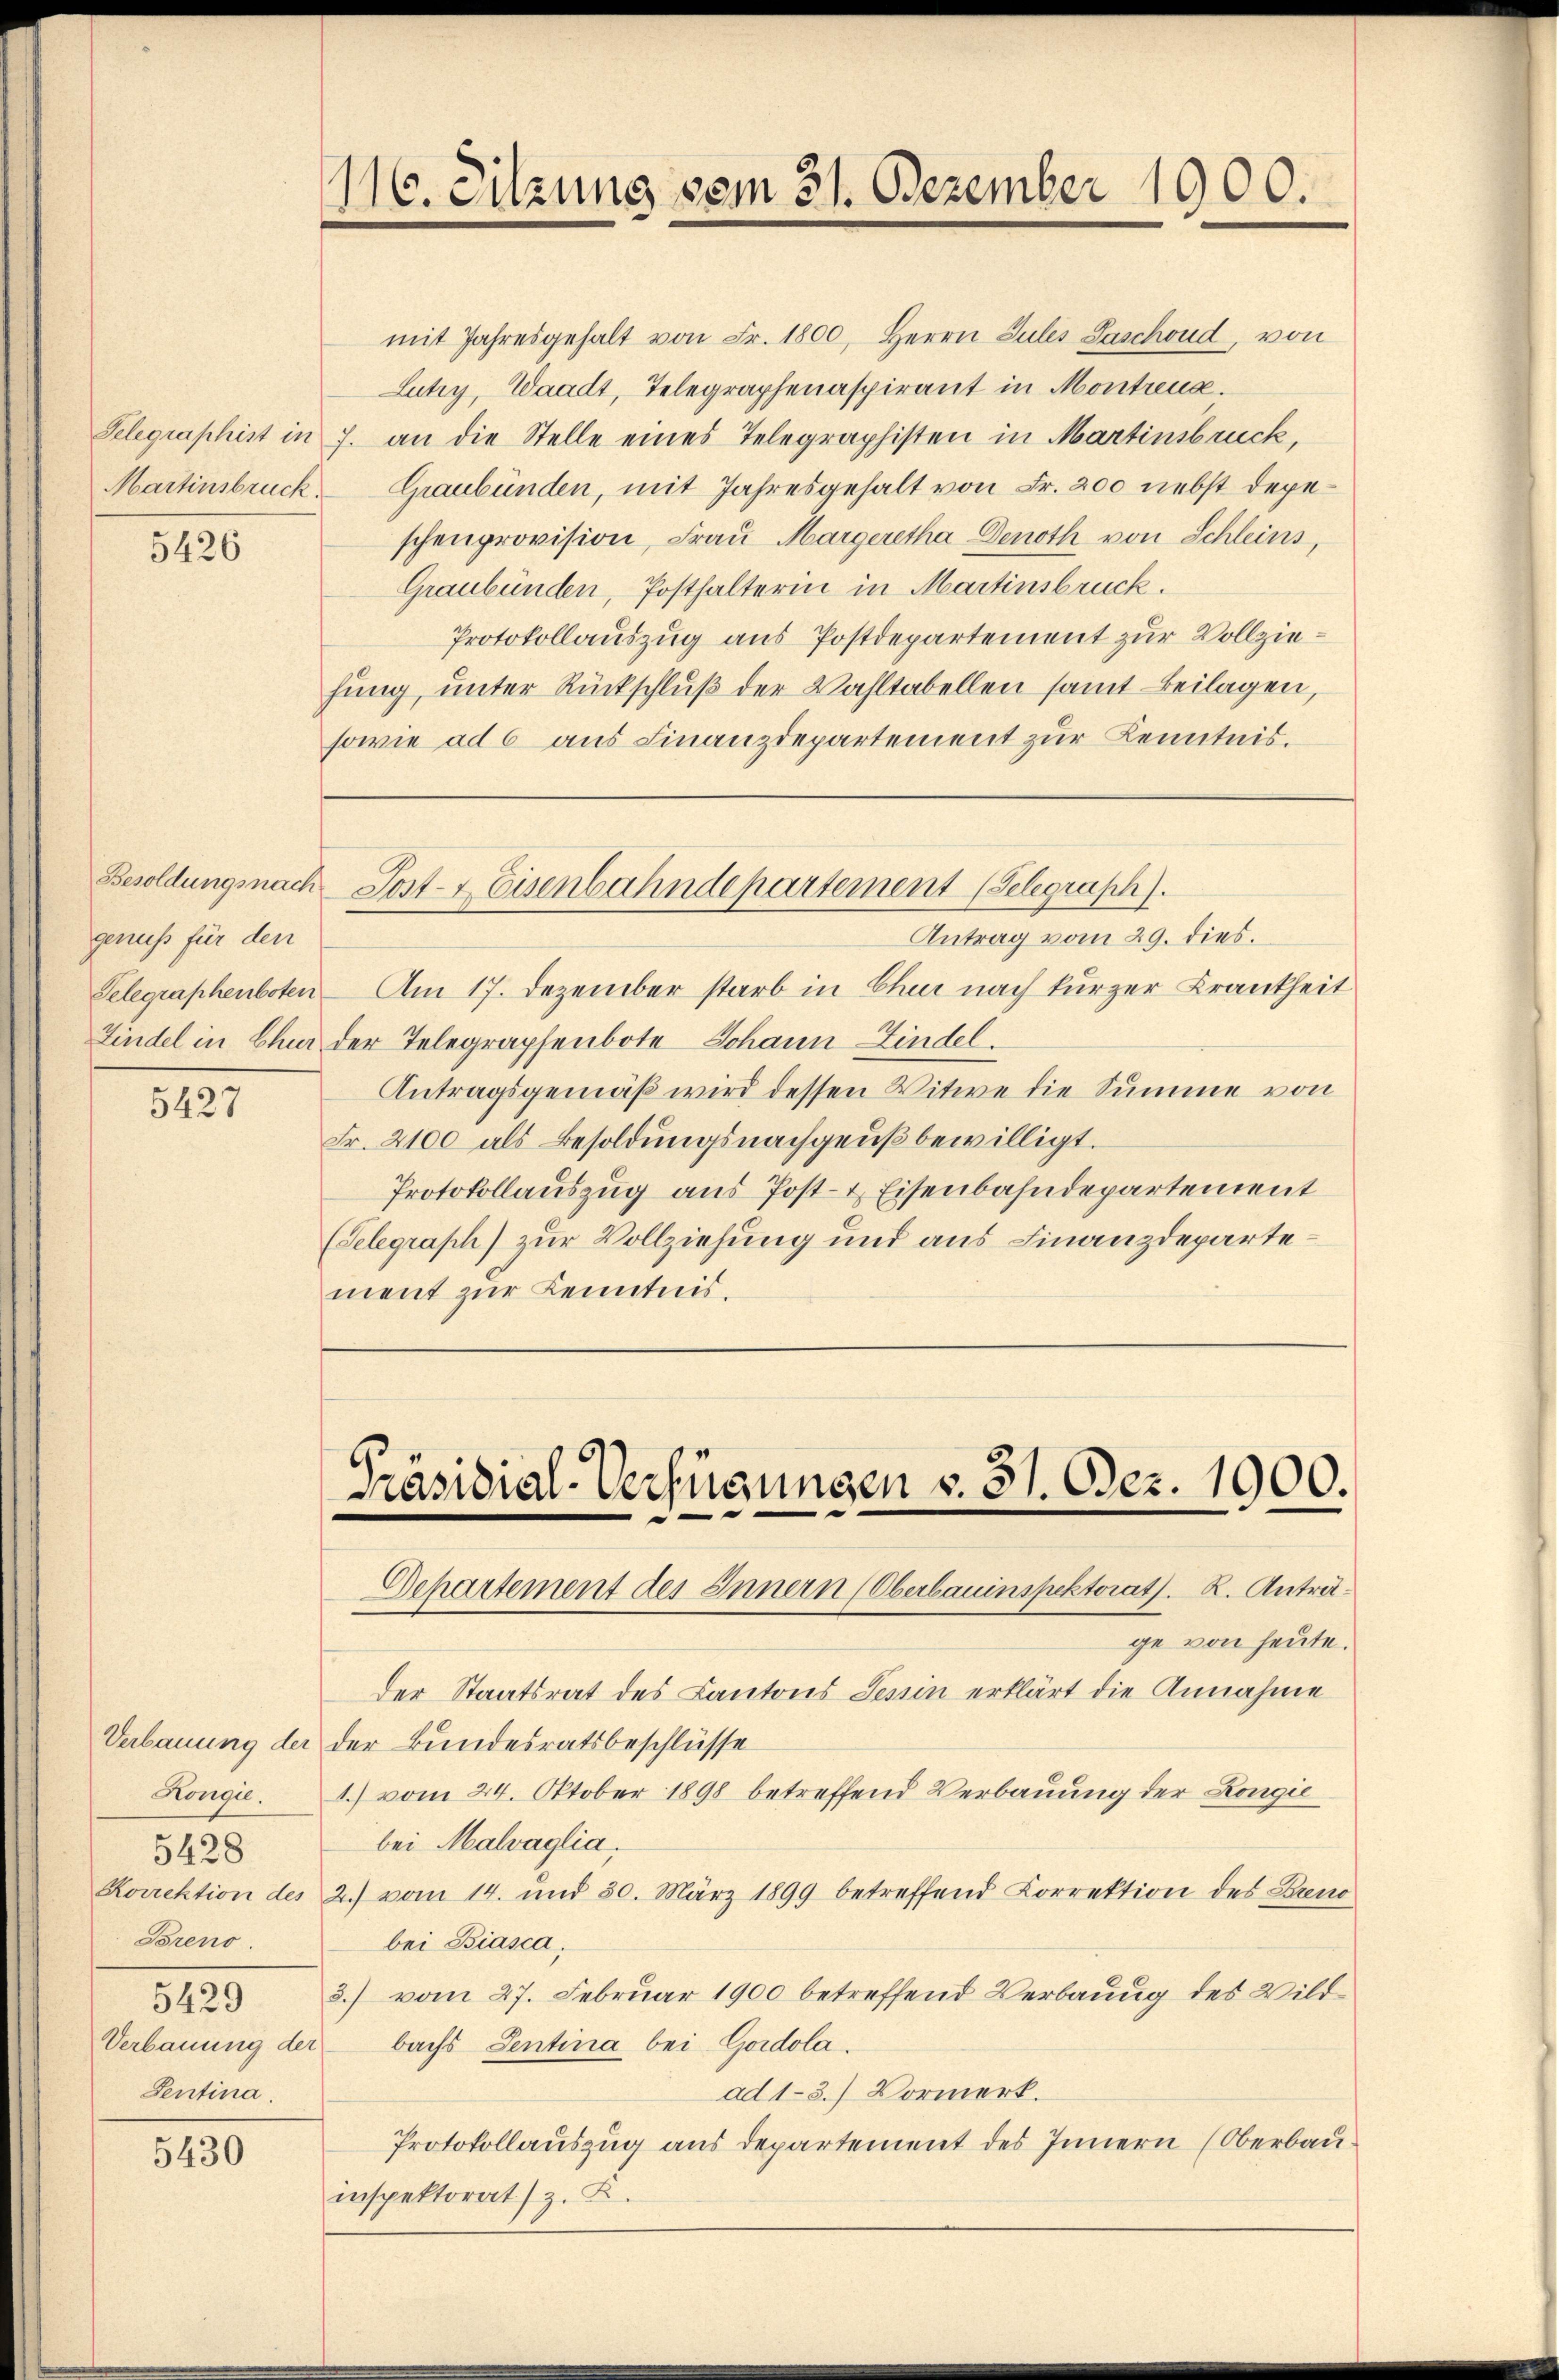
5426

genuss für den
Findel in Chur

5427

Hougie.
5428
Korrektion des
Breno.
5429
Sentina.

5430

116. Sitzung vom 31. Dezember 1900.

mit Jahresgehalt von Fr. 1800, Herrn Gutes Paschond, von
Lutry, Waadt, Telegraphenaspirant in Montreux.
Telegraphist in J. an die Stelle eines Telegraphisten in Martinsbruck,
Martinsbruck. Graubünden, mit Jahresgehalt von Fr. 200 nebst depeschenprovision, Frau Margeretha Denoth von Schleins,
Graubünden, Posthalterin in Martinsbruck.
Protokollauszug aus Postdepartement zur Vollziehung, unter Rückschluß der Wahltabellen samt Beilagen,
sowie ad 6 aus Finanzdepartement zur Kenntnis.

Antrag vom 29. dies.
Telegraphenboten- Am 17. Dezember starb in Chur nach kurzer Krankheit
der Telegraphenbote Johann Findel.
Antragsgemäß wird dessen Witwe die Summe von
Fr. 2100 als Besoldungsnachgeŭβ bewilligt.
Protokollauszug aus Post- & Eisenbahndepartement
(Telegraph) zur Vollziehung und aus Finanzdepartement zur Kenntnis.

Besoldungsnach Post- & Eisenbahndepartement (Telegraph).

Präsidial-Verfügungen v. 31. Dez. 1900.

Sehartement des Innern (Oberbauinspektorat. K. Anträge von heute.
der Staatsrat des Kantons Tessin erklärt die Annahme
Verbauung der der Bundesratsbeschlüsse
1) vom 24. Oktober 1898 betreffend Verbauung der Longie
bei Malvaglia,
2) vom 14. und 30. März 1899 betreffend Korrektion des Breno
bei Biasca.
8.) vom 27. Februar 1900 betreffend Verbauug des Wild¬
Verbauung der bachs Sentina bei Goidola.
ad 1-3.) Vormerk.
Protokollauszug aus Departement des Innern (Oberbau
inspektorat) z. Z.